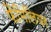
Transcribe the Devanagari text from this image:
फैमिलियर